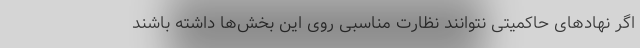
اگر نهاد‌های حاکمیتی نتوانند نظارت مناسبی روی این بخش‌ها داشته باشند